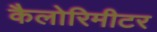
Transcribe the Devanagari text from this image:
कैलोरिमीटर